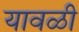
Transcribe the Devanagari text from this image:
यावळी